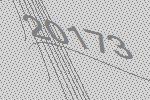
20173